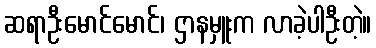
ဆရာဦးမောင်မောင်၊ ဌာနမှူးက လာခဲ့ပါဦးတဲ့။